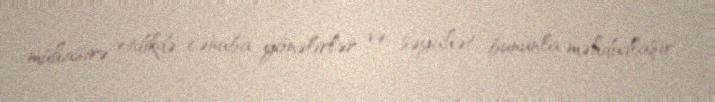
mühasirə etdikdə cənuba yönəlirlər və səyahət bununla məhdudlaşır.